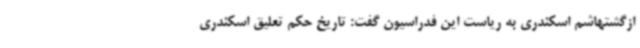
ازگشتهاشم اسکندری به ریاست این فدراسیون گفت: تاریخ حکم تعلیق اسکندری